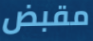
مقبض